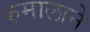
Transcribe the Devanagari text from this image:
रुमालाने